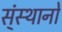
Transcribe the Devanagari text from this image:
स्ंस्थानों